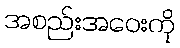
အစည်းအဝေးကို